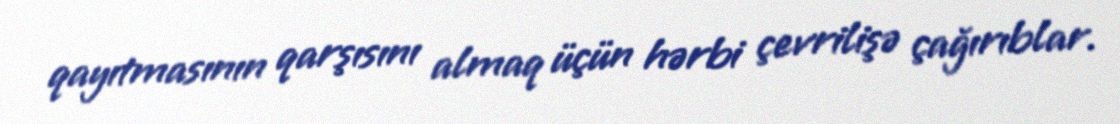
qayıtmasının qarşısını almaq üçün hərbi çevrilişə çağırıblar.